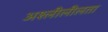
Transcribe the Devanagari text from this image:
अश्लीलीलता